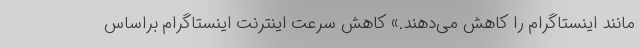
مانند اینستاگرام را کاهش می‌دهند.» کاهش سرعت اینترنت اینستاگرام براساس